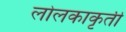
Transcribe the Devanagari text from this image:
लोलकाकृती